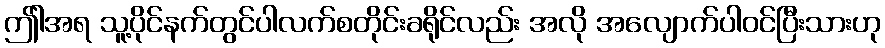
ဤါအရ သူ့ပိုင်နက်တွင်ပါလက်စတိုင်းခရိုင်လည်း အလို အလျောက်ပါဝင်ပြီးသားဟု